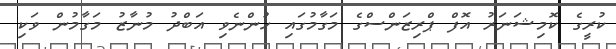
ކުރީގެ ކޮމިޝަނަރު އޮފް ޕްރިޒަންސްގެ މަގާމުގައި ހުންނެވި އަބްދު މުނާޒު މަގާމުން ވަކި